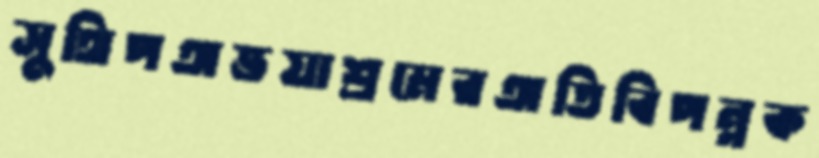
সুথিপঅভয়াশ্রমেরঅতিবিপন্নক